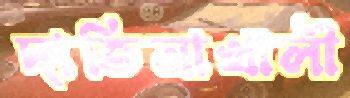
দাতিনাখালী